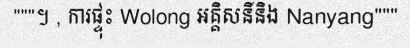
"""។ , ការផ្ទុះ Wolong អគ្គិសនីនិង Nanyang"""